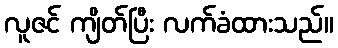
လူဇင် ကျိတ်ပြီး လက်ခံထားသည်။